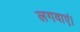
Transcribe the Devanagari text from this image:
लगवाएं।